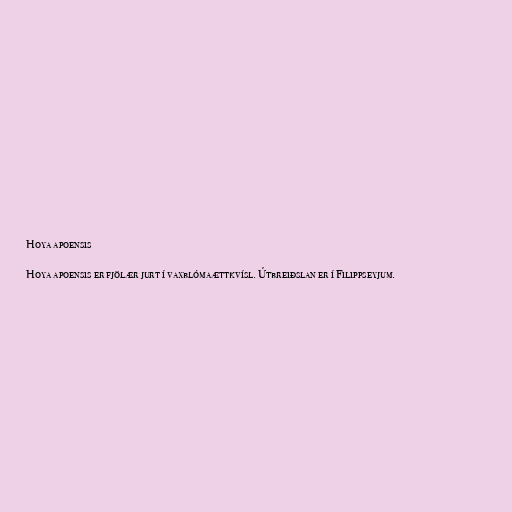
Hoya apoensis

Hoya apoensis er fjölær jurt í vaxblómaættkvísl. Útbreiðslan er í Filippseyjum.